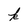
Character: k